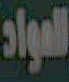
المواد